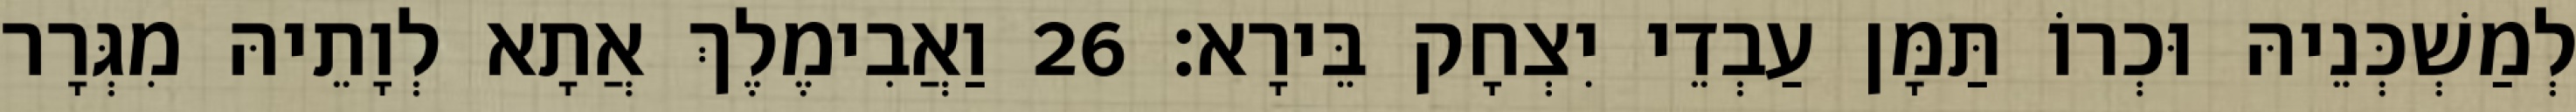
לְמַשְׁכְּנֵיהּ וּכְרוֹ תַּמָּן עַבְדֵי יִצְחָק בֵּירָא׃ 26 וַאֲבִימֶלֶךְ אֲתָא לְוָתֵיהּ מִגְּרָר